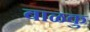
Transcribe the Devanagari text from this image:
बाळकु